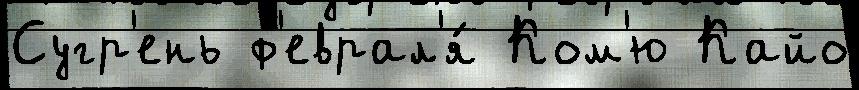
Сугр'ень ф'еврал'я́ Ком'ю Кайо